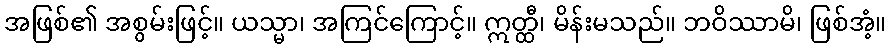
အဖြစ်၏ အစွမ်းဖြင့်။ ယသ္မာ၊ အကြင်ကြောင့်။ ဣတ္ထီ၊ မိန်းမသည်။ ဘဝိဿာမိ၊ ဖြစ်အံ့။